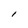
Character: l